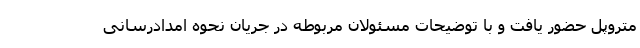
متروپل حضور یافت و با توضیحات مسئولان مربوطه در جریان نحوه امدادرسانی